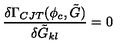
\frac { \delta \Gamma _ { C J T } ( \phi _ { c } , \tilde { G } ) } { \delta \tilde { G } _ { k l } } = 0